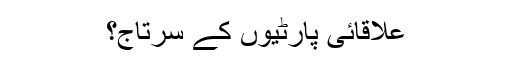
علاقائی پارٹیوں کے سرتاج؟